Ridala_vallavalitsus, lk 3
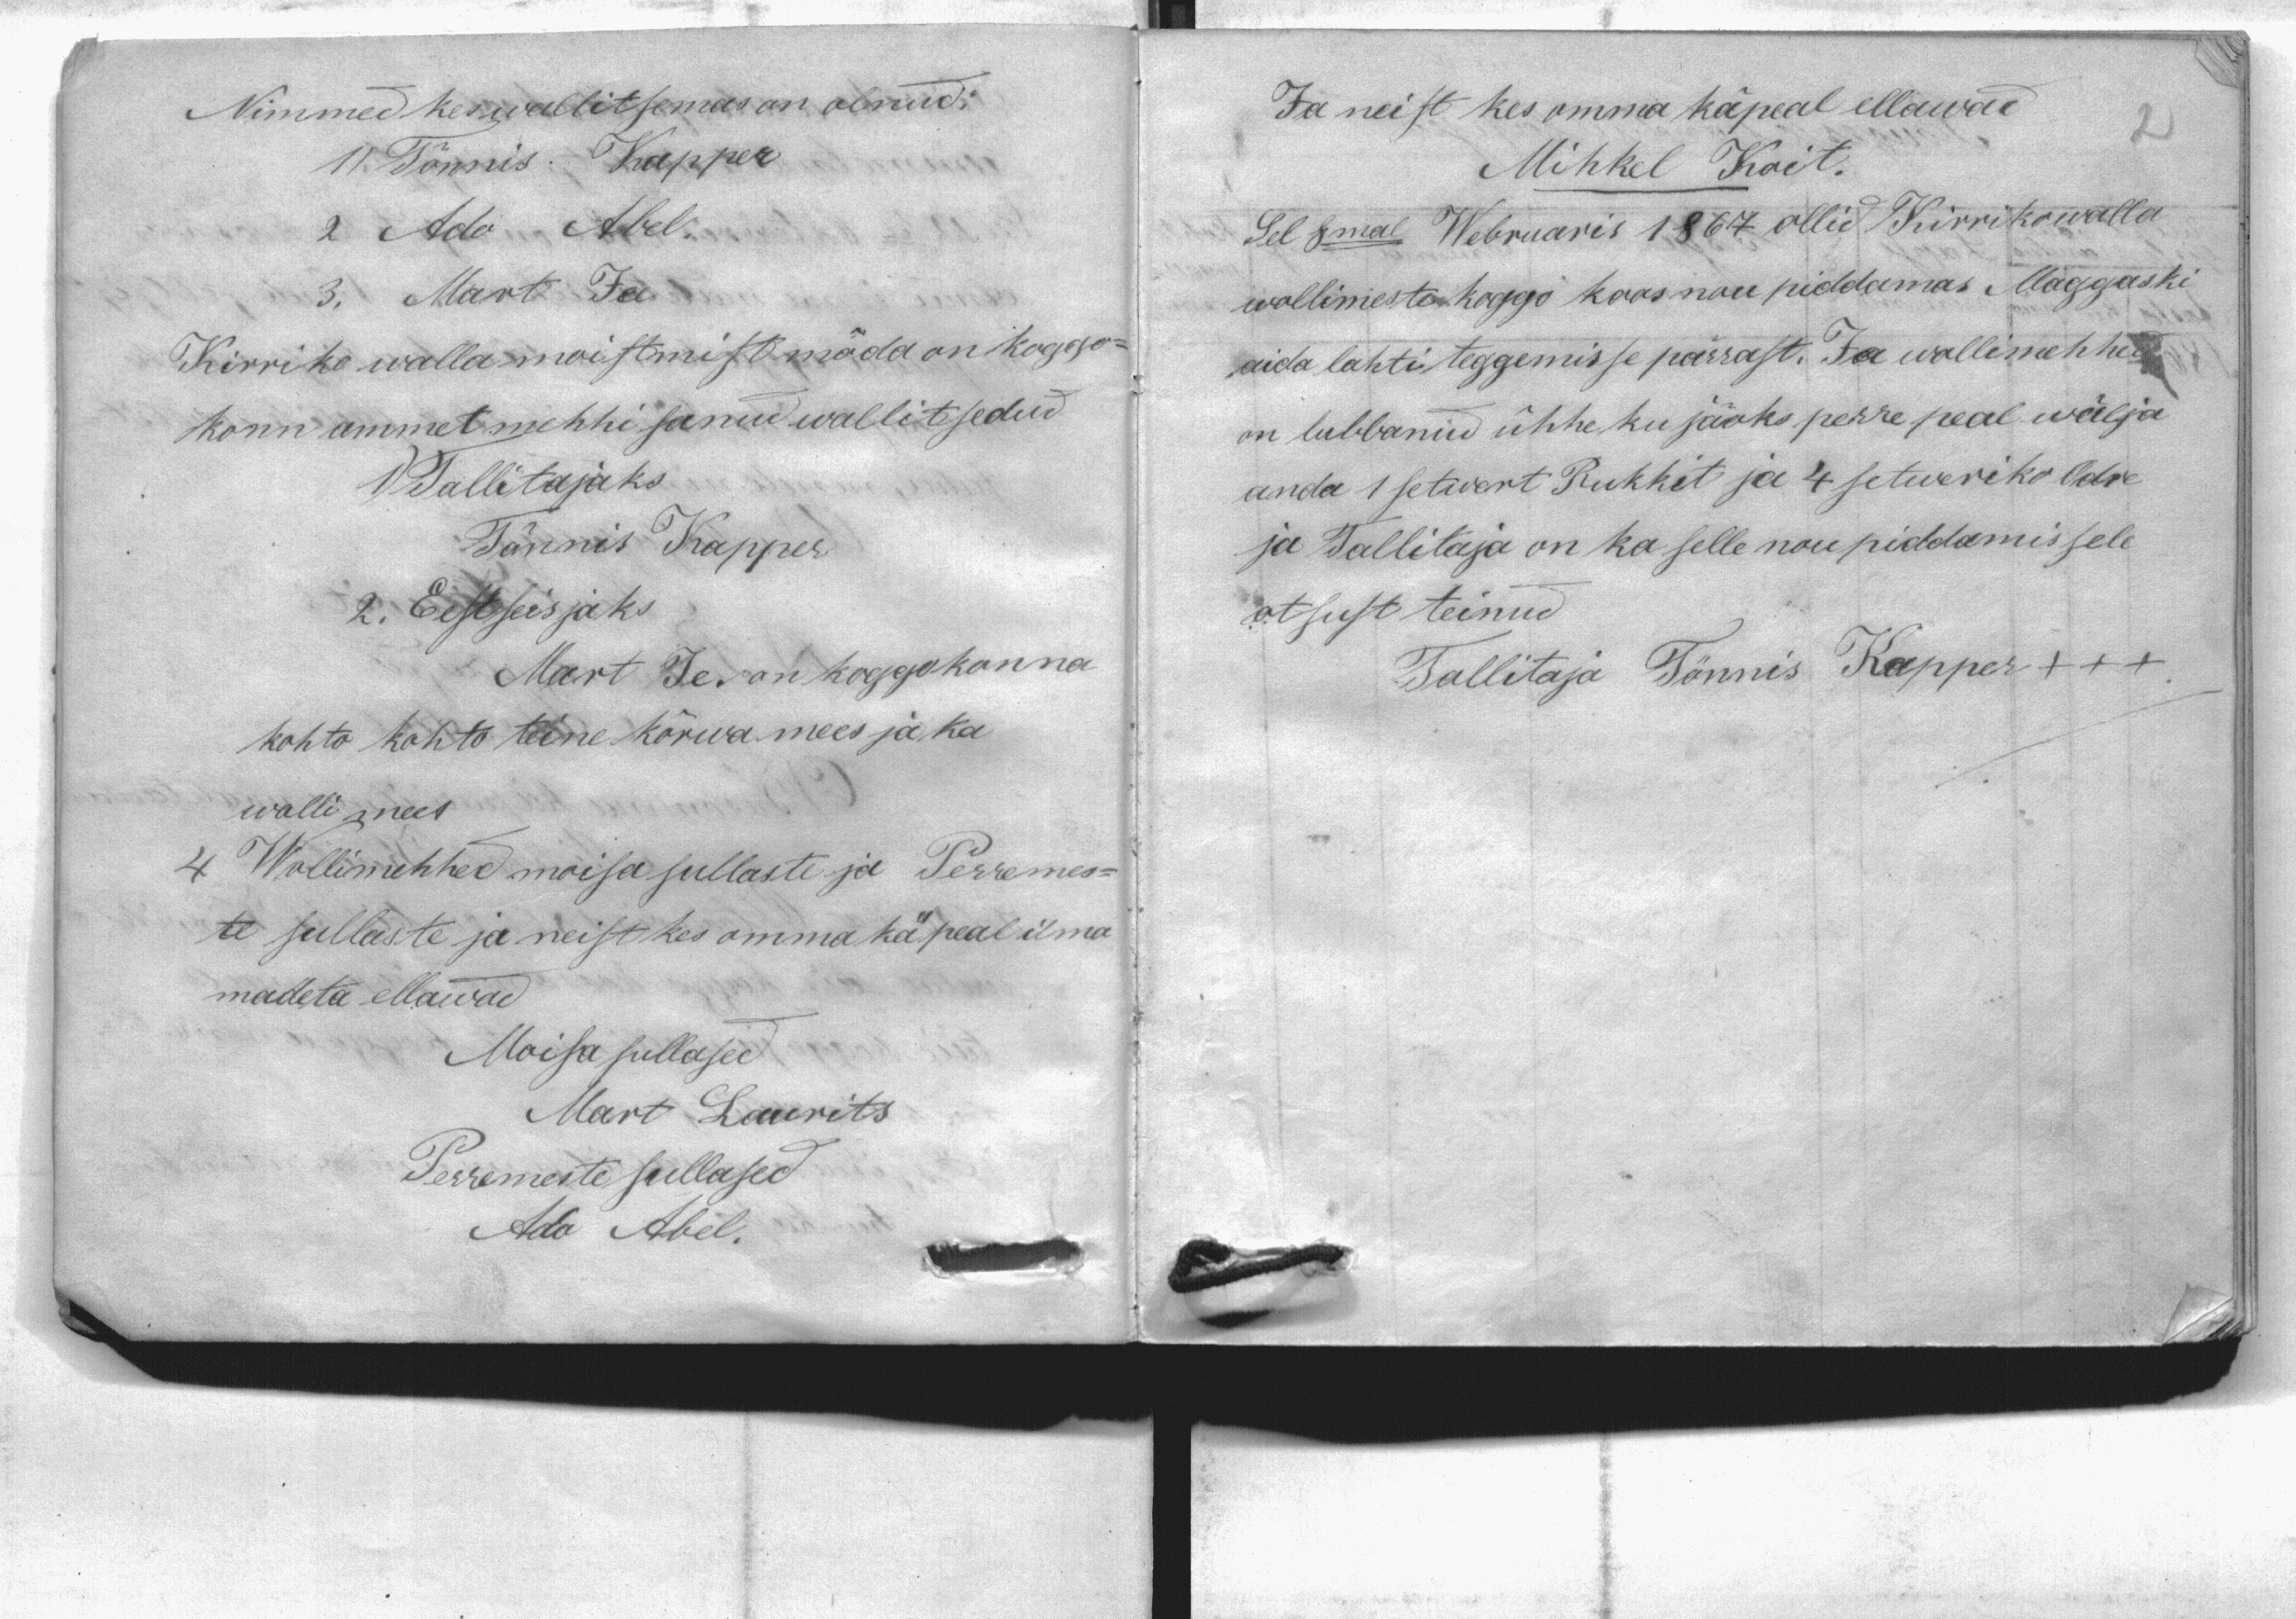
Nimmed kes wallitsemas on olnud:
1) Tõnnis Kapper
2 Ado Abel.
3. Mart Jee
Kirriko walla moistmist möda on koggo-
konn ammetmehhi sanud walitsedud
1) Tallitajaks
Tõnnis Kapper
Eestseisjaks
Mart Je on koggokonna
kohto kohto teine kõrwa mees ja ka
wolli mees
WOllimehhed moisa sullaste ja Perremes.
tesullaste ja neist kes omma kä peal ilma
madeta ellawad
Moisa sullased
Mart Laurits
Perremeste sullased
Ado Abel.

Ja neist kes omma käpeal ellawad
Mihkel Koit
Sel 8mal Webruaris 1867 ollid Kirrikowalla
wollimeste koggo koos nou piddamas Maggaski
aida lahti teggemisse pärrast. Ja wollimehhed
on lubbanud ühhe mu jäoks perre peal wälja
anda 1 setwert Rukkit ja 4 setweriko Odre
ja Tallitaja on ka selle nou puddamissele
otsust teinud
Tallitaja Tönnis Kapper +++